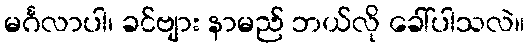
မင်္ဂလာပါ၊ ခင်ဗျား နာမည် ဘယ်လို ခေါ်ပါသလဲ။